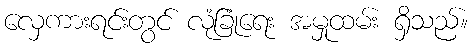
လှေကားရင်းတွင် လုံခြုံရေး အမှုထမ်း ရှိသည်။